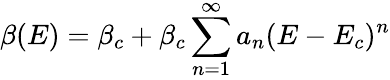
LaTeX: \beta(E)=\beta_{c}+\beta_{c}\sum_{n=1}^{\infty}a_{n}(E-E_{c})^{n}